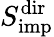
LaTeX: S_{\mathrm{imp}}^{\mathrm{dir}}